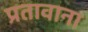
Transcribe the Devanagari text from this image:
प्रतावाना